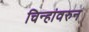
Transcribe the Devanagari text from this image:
चिन्हांवरुन